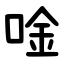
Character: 唫